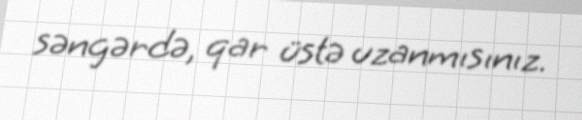
səngərdə, qar üstə uzanmısınız.